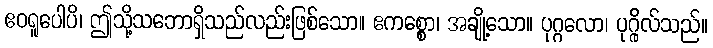
ဧဝရူပေါပိ၊ ဤသို့သဘောရှိသည်လည်းဖြစ်သော။ ဧကစ္စော၊ အချို့သော။ ပုဂ္ဂလော၊ ပုဂ္ဂိုလ်သည်။